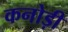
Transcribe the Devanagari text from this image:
कनोड़ी